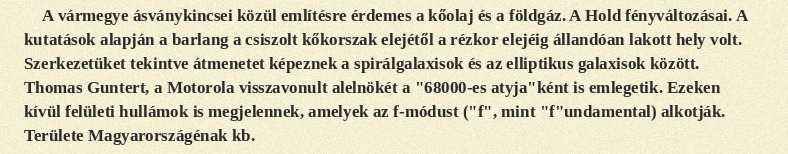
A vármegye ásványkincsei közül említésre érdemes a kőolaj és a földgáz. A Hold fényváltozásai. A kutatások alapján a barlang a csiszolt kőkorszak elejétől a rézkor elejéig állandóan lakott hely volt. Szerkezetüket tekintve átmenetet képeznek a spirálgalaxisok és az elliptikus galaxisok között. Thomas Guntert, a Motorola visszavonult alelnökét a "68000-es atyja"ként is emlegetik. Ezeken kívül felületi hullámok is megjelennek, amelyek az f-módust ("f", mint "f"undamental) alkotják. Területe Magyarországénak kb.